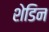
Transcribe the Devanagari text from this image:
शेडिन